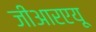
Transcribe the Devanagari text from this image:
जीआरएयू